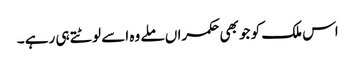
اس ملک کو جو بھی حکمراں ملے وہ اسے لوٹتے ہی رہے ۔